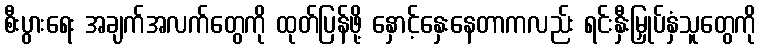
စီးပွားရေး အချက်အလက်တွေကို ထုတ်ပြန်ဖို့ နှောင့်နှေးနေတာကလည်း ရင်းနှီးမြှုပ်နှံသူတွေကို